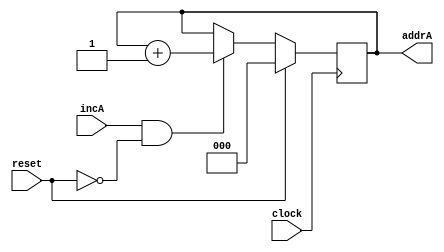
module counter( clock, incA, reset, addrA);
input clock;
input reset;
input incA;
output [2:0] addrA;
reg [2:0] addrA;
//wire incA;
//wire reset;

//wire clock;

always@(posedge clock)
begin
//addrA <= 3'b000;
if(reset == 1'b1)
begin
addrA <= 3'b000;
end
else if(incA == 1'b1 && reset ==0)
begin
addrA <= addrA + 3'b001;
end

end
endmodule